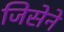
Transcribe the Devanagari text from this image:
जिसेने